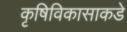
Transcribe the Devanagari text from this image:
कृषिविकासाकडे